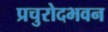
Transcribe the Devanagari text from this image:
प्रचुरोदभवन